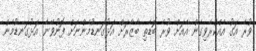
ވުރެ އަގު އެއްކުރެވިގެން އެއަށް ވުރެ ބޮޑެތި ބާޒާރަށް އަޅުގަނޑުމެންނަށް ފޮނުވޭނެ. އަޅުގަނޑުމެން